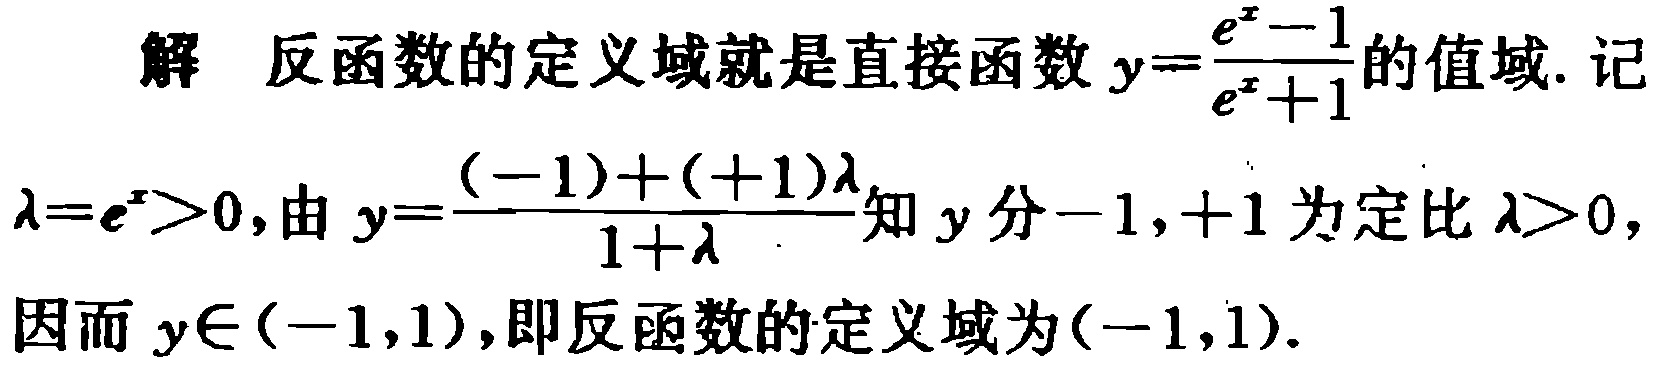
解 反函数的定义域就是直接函数 \(y = \frac{e^{x}-1}{e^{x}+1}\) 的值域. 记 \(\lambda=e^{x}>0\), 由 \(y = \frac{(-1)+(+1)\lambda}{1+\lambda}\) 知 \(y\) 分 \(-1,+1\) 为定比 \(\lambda>0\), 因而 \(y\in(-1,1)\), 即反函数的定义域为 \((-1,1)\).